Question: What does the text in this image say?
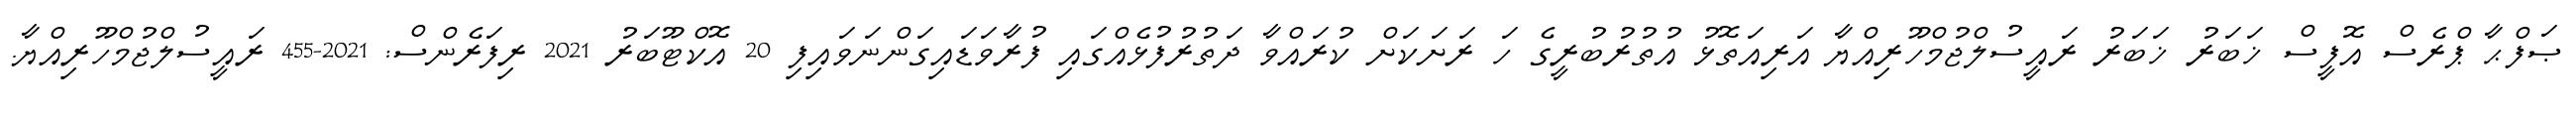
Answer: ޞަފްޙާ ޕްރެސް އޮފީސް ޚަބަރު ޚަބަރު ރައީސުލްޖުމްހޫރިއްޔާ އަރިއަތޮޅު އުތުރުބުރީގެ ހަ ރަށަކަށް ކުރައްވާ ދަތުރުފުޅެއްގައި ފުރާވަޑައިގަންނަވައިފި 20 އޮކްޓޫބަރު 2021 ރިފަރެންސް: 2021-455 ރައީސުލްޖުމްހޫރިއްޔާ.